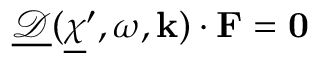
{ \underline { { \boldsymbol { \mathcal D } } } ( \underline { { \boldsymbol \chi } } ^ { \prime } , \omega , \mathbf k ) \cdot \mathbf F = \mathbf 0 }